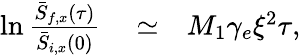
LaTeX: \begin{array}{rlr}{\ln\frac{\bar{S}_{f,x}(\tau)}{\bar{S}_{i,x}(0)}}&{{}\simeq}&{M_{1}\gamma_{e}\xi^{2}\tau,}\end{array}